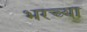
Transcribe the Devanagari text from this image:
भरच्या